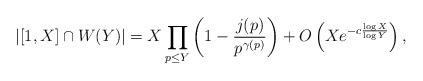
LaTeX: \begin{align*} \left|[1,X]\cap W(Y)\right| = X\prod_{p\leq Y} \left(1-\frac{j(p)}{p^{\gamma(p)}} \right)+O\left(Xe^{-c\frac{\log X}{\log Y}} \right), \end{align*}